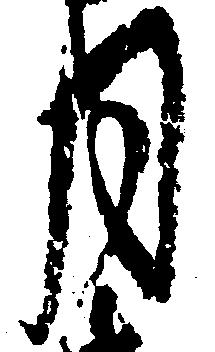
月